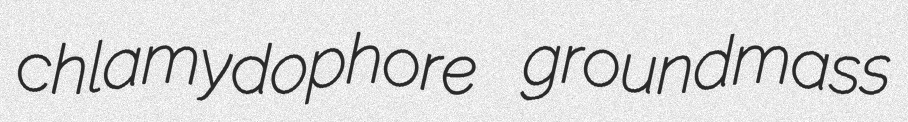
chlamydophore groundmass